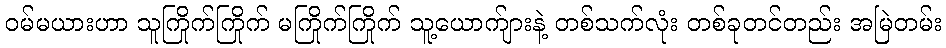
ဝမ်မယားဟာ သူကြိုက်ကြိုက် မကြိုက်ကြိုက် သူ့ယောက်ျားနဲ့ တစ်သက်လုံး တစ်ခုတင်တည်း အမြဲတမ်း